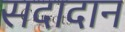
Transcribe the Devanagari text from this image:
सदादान